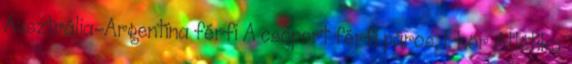
Ausztrália–Argentína férfi A csoport férfi páros, 1. kör Atlétika